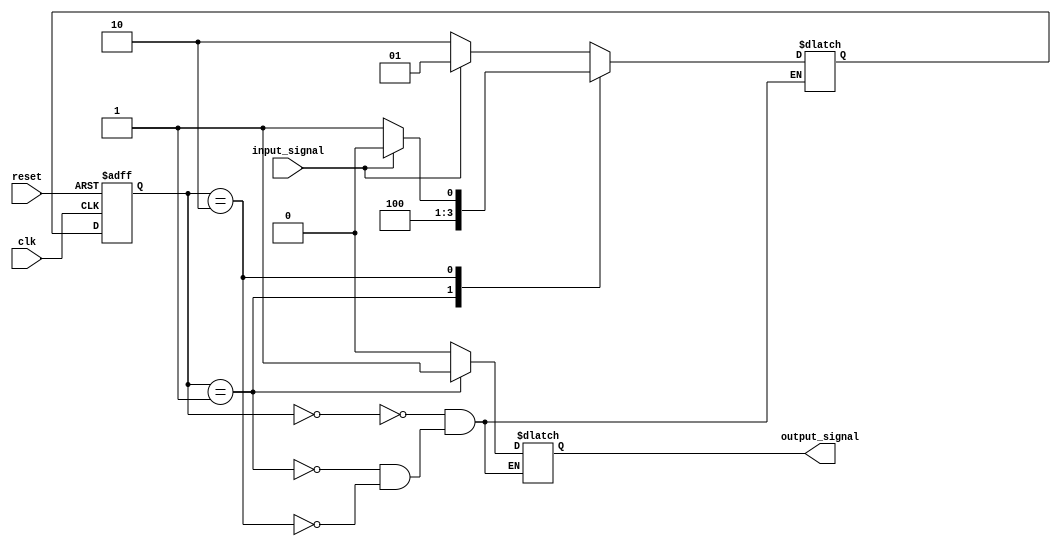
module sequential_logic(
  input wire clk,
  input wire reset,
  input wire input_signal,
  output reg output_signal
);

  parameter STATE_A = 2'b00;
  parameter STATE_B = 2'b01;
  parameter STATE_C = 2'b10;
  
  reg [1:0] current_state, next_state;
  
  always @(posedge clk or posedge reset) begin
    if(reset) begin
      current_state <= STATE_A;
    end else begin
      current_state <= next_state;
    end
  end
  
  always @* begin
    case(current_state)
      STATE_A: begin
        if(input_signal) begin
          next_state = STATE_B;
        end else begin
          next_state = STATE_C;
        end
      end
      STATE_B: begin
        next_state = STATE_C;
      end
      STATE_C: begin
        if(input_signal) begin
          next_state = STATE_A;
        end else begin
          next_state = STATE_B;
        end
      end
    endcase
  end
  
  always @* begin
    case(current_state)
      STATE_A: begin
        output_signal = 1'b0;
      end
      STATE_B: begin
        output_signal = 1'b1;
      end
      STATE_C: begin
        output_signal = 1'b0;
      end
    endcase
  end

endmodule